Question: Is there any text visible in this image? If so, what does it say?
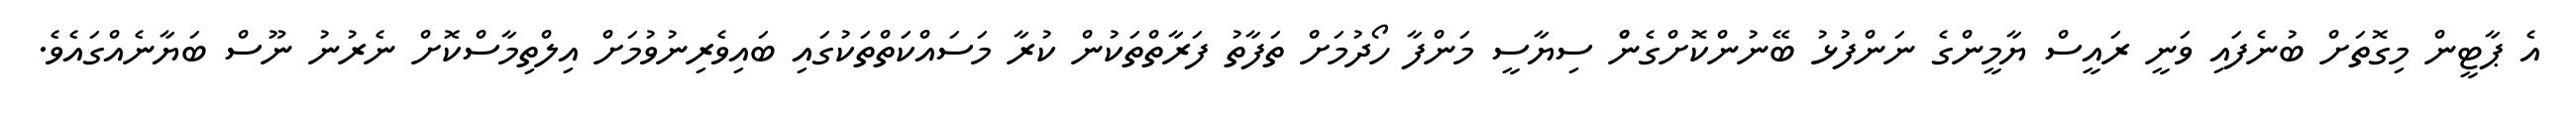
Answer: އެ ޕާޓީން މިގޮތަށް ބުނެފައި ވަނީ ރައީސް ޔާމީންގެ ނަންފުޅު ބޭނުންކޮށްގެންް ސިޔާސީ މަންފާ ހޯދުމަށް ތަފާތު ފަރާތްތަކުން ކުރާ މަސައްކަތްތަކުގައި ބައިވެރިނުވުމަށް އިލްތިމާސްކޮށް ނެރުނު ނޫސް ބަޔާނެއްގައެވެ.